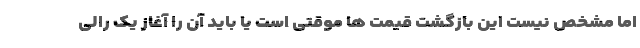
اما مشخص نیست این بازگشت قیمت ها موقتی است یا باید آن را آغاز یک رالی